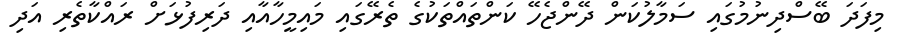
މިފަދަ ބޭސްދިނުމުގައި ސަމާލުކަން ދޭންޖެހޭ ކަންތައްތަކުގެ ތެރޭގައި މައިމީހާއާއި ދަރިފުޅަށް ރައްކާތެރި އަދި